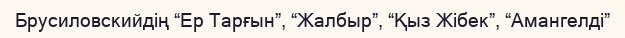
Брусиловскийдің “Ер Тарғын”, “Жалбыр”, “Қыз Жібек”, “Амангелді”